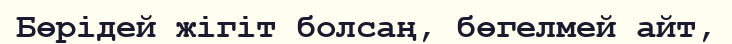
Бөрідей жігіт болсаң, бөгелмей айт,